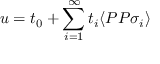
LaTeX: u = t _ { 0 } + \sum _ { i = 1 } ^ { \infty } t _ { i } \langle P P \sigma _ { i } \rangle